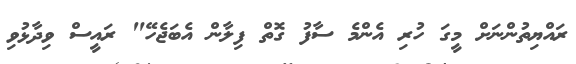
ރައްޔިތުންނަށް މީގަ ހުރި އެންމެ ސާފު ގޮތް ފިލާން އެބަޖެހޭ" ރައީސް ވިދާޅުވި